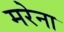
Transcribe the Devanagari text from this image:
मरेना